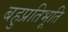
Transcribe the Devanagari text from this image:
बहुप्रतिभूति